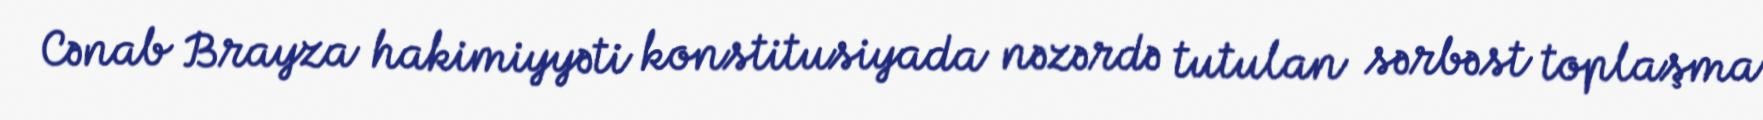
Cənab Brayza hakimiyyəti konstitusiyada nəzərdə tutulan sərbəst toplaşma